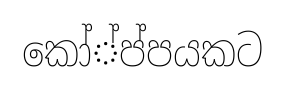
කෝ්ප්පයකට